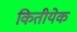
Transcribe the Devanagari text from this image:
कितीयेक